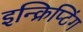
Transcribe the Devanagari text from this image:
इन्क्रिप्टिंग